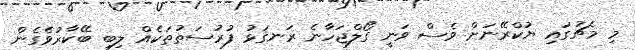
މި މެޗުގައި ޔުކްރޭނަށް ވެސް ވަނީ ގޯލްޖަހާނެ ރަނގަޅު ފުރުސަތުތަކެއް ލިބި ބޭކާރުވެގެން